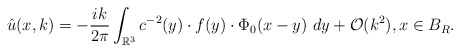
\begin{align*}\hat u(x, k)= -\frac{ik}{2\pi}\int_{\mathbb{R}^3} c^{-2}(y)\cdot f(y)\cdot \Phi_0(x-y)\ dy+\mathcal{O}(k^2),x\in B_R. \end{align*}